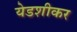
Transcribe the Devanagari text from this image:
येडशीकर